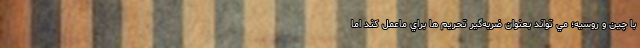
با چین و روسيه؛ مي تواند بعنوان ضربه‌گیر تحریم ها براي ماعمل كند اما